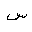
Letter: _sin